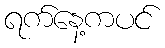
ရက်နေ့ကပင်